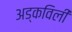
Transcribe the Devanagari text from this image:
अड्कविली